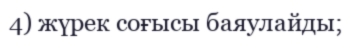
4) жүрек соғысы баяулайды;